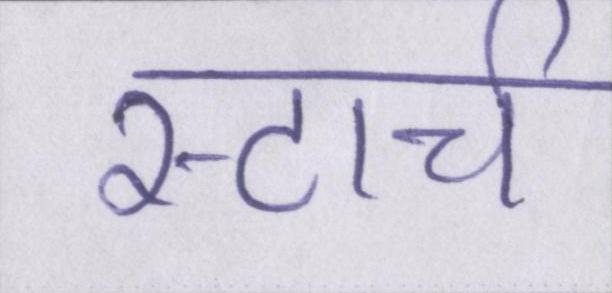
स्टार्च